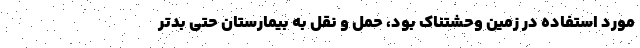
مورد استفاده در زمین وحشتناک بود، حمل و نقل به بیمارستان حتی بدتر